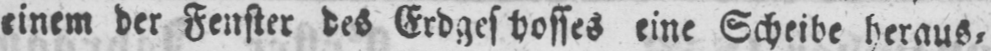
eine Scheibe heraus⸗